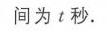
间为\(t\)秒.